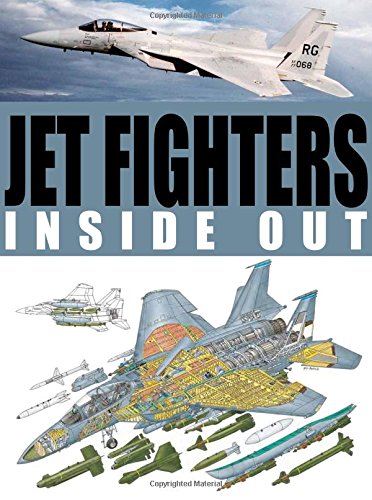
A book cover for Jet Fighters Inside Out; Arts & Photography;